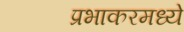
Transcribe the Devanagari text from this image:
प्रभाकरमध्ये